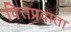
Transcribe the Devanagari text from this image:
वित्तप्रदाता